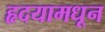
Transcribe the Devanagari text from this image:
हृदयामधून